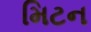
મિટન